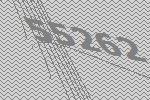
55262